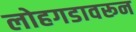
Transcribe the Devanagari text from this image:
लोहगडावरून